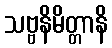
သဗ္ဗနိမိတ္တာနိ